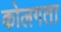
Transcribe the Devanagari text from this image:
कोलगता